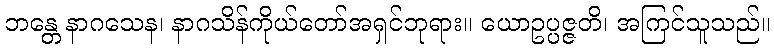
ဘန္တေ နာဂသေန၊ နာဂသိန်ကိုယ်တော်အရှင်ဘုရား။ ယောဥပ္ပဇ္ဇတိ၊ အကြင်သူသည်။